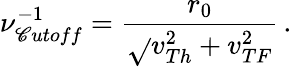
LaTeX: \nu_{\mathscr{C}utoff}^{-1}=\frac{{r_{0}}}{{\sqrt{}{{v_{Th}^{2}+v_{TF}^{2}}}}}\, .